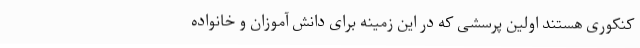
کنکوری هستند اولین پرسشی که در این زمینه برای دانش آموزان و خانواده